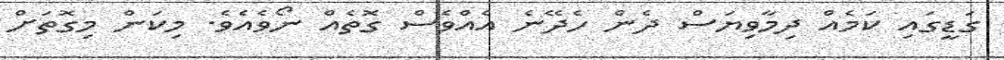
ގަޑީގައި ކަމެއް ދިމާވިޔަސް ދެން ހެދޭނެ އެއްވެސް ގޮތެއް ނޯވެއެވެ. މިކަން މިގޮތަށް